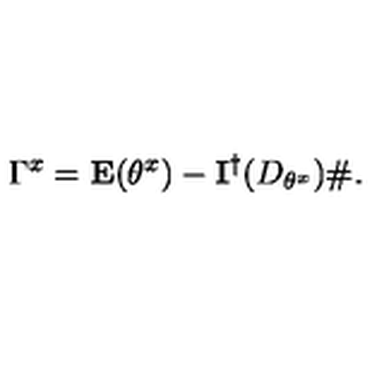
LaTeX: \Gamma ^ { x } = \mathbf { E } ( \theta ^ { x } ) - \mathbf { I } ^ { \dagger } ( D _ { \theta ^ { x } } ) \# .